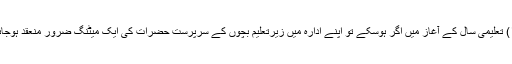
(۱۲) تعلیمی سال کے آغاز میں اگر ہوسکے تو اپنے ادارہ میں زیرتعلیم بچوں کے سرپرست حضرات کی ایک میٹنگ ضرور منعقد ہوجائے۔